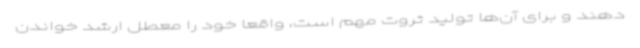
دهند و برای آن‌ها تولید ثروت مهم است، واقعا خود را معطل ارشد خواندن